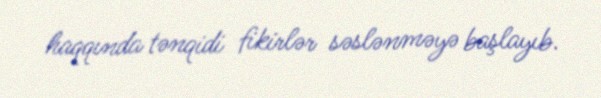
haqqında tənqidi fikirlər səslənməyə başlayıb.